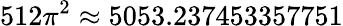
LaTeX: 512\pi^{2}\approx 5053.237453357751